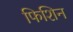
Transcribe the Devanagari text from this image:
फिशिन